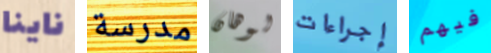
ناينا مدرسة لوهان إجراءات فيهم